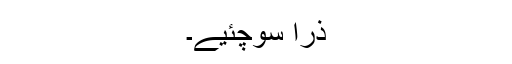
ذرا سوچئیے۔